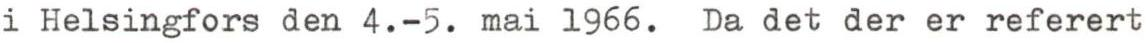
i Helsingfors den 4.-5. mai 1966. Da det der er referert